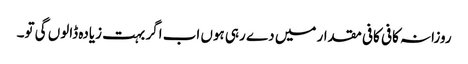
روزانہ کافی کافی مقدار میں دے رہی ہوں اب اگر بہت زیادہ ڈالوں گی تو۔